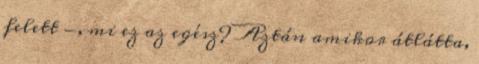
felett -, mi ez az egész? Aztán amikor átlátta,